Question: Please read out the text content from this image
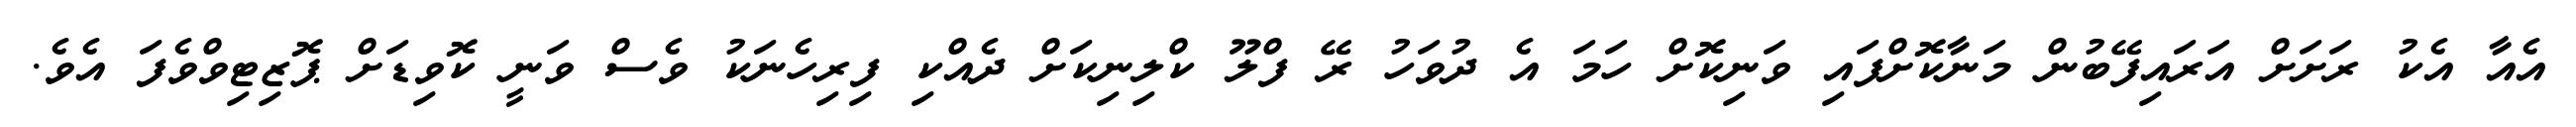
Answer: އެއާ އެކު ރަށަށް އަރައިފޭބުން މަނާކޮށްފައި ވަނިކޮށް ހަމަ އެ ދުވަހު ރޭ ފްލޫ ކްލިނިކަށް ދެއްކި ފިރިހެނަކު ވެސް ވަނީ ކޮވިޑަށް ޕޮޒިޓިވްވެފަ އެވެ.